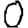
Digit: 0